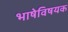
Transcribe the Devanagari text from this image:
भाषेविषयक